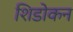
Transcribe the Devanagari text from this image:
शिडोकन